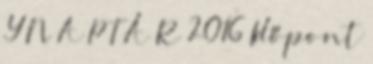
Y N A P T Á R 2016 Időpont